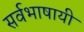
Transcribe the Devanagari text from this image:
सर्वभाषायी